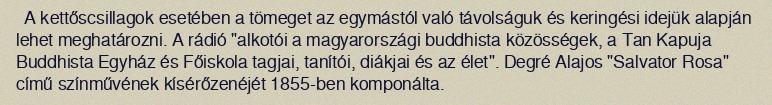
A kettőscsillagok esetében a tömeget az egymástól való távolságuk és keringési idejük alapján lehet meghatározni. A rádió "alkotói a magyarországi buddhista közösségek, a Tan Kapuja Buddhista Egyház és Főiskola tagjai, tanítói, diákjai és az élet". Degré Alajos "Salvator Rosa" című színművének kísérőzenéjét 1855-ben komponálta.